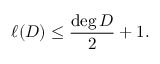
\ell ( D ) \leq { \frac { \deg D } { 2 } } + 1 .